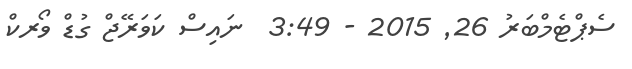
ސެޕްޓެމްބަރު 26